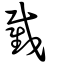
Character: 𢧵